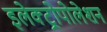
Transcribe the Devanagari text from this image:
इलेक्ट्रोपोलेशन